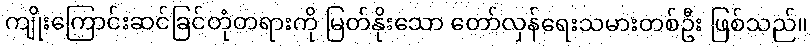
ကျိုးကြောင်းဆင်ခြင်တုံတရားကို မြတ်နိုးသော တော်လှန်ရေးသမားတစ်ဦး ဖြစ်သည်။